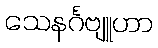
သေနင်္ဂဗျူဟာ